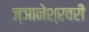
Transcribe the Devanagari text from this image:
ज्ञानेश्रवरी